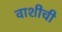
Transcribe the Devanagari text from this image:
वाशीची